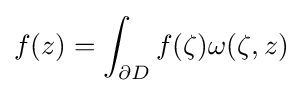
\displaystyle f(z)=\int _{\partial D}f(\zeta )\omega (\zeta ,z)